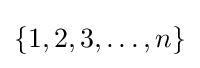
\{1,2,3,\ldots ,n\}